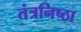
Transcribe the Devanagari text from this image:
तंत्रनिष्ठा